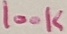
Text: 100K